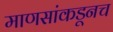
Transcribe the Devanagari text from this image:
माणसांकडूनच